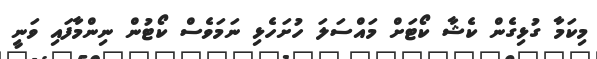
މިކަމާ ގުޅިގެން ކެޝާ ކޯޓަށް މައްސަލަ ހުށަހެޅި ނަމަވެސް ކޯޓުން ނިންމާފައި ވަނީ